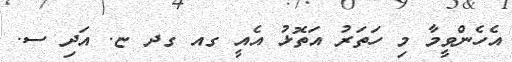
އެހެންވީމާ މި ހަތަރު އަތޮޅު އެއީ ގއ ގދ ޏ. އަދި ސ.